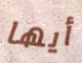
أيها